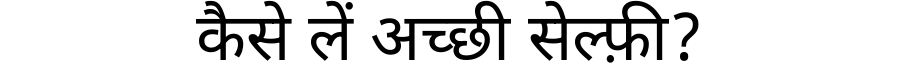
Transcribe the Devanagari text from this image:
कैसे लें अच्छी सेल्फ़ी?